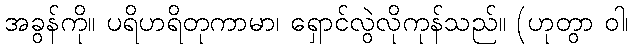
အခွန်ကို။ ပရိဟရိတုကာမာ၊ ရှောင်လွဲလိုကုန်သည်။ (ဟုတွာ ဝါ၊